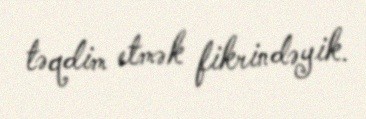
təqdim etmək fikrindəyik.